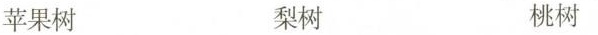
苹果树 梨树 桃树